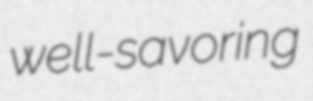
well-savoring